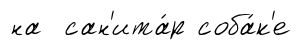
на сан'ита́р соба́к'е